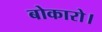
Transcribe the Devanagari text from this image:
बोकारो।